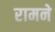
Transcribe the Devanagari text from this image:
रामने